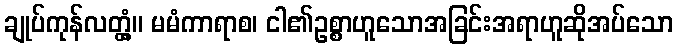
ချုပ်ကုန်လတ္တံ့။ မမံကာရာစ၊ ငါ၏ဥစ္စာဟူသောအခြင်းအရာဟူဆိုအပ်သော